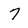
Character: 7